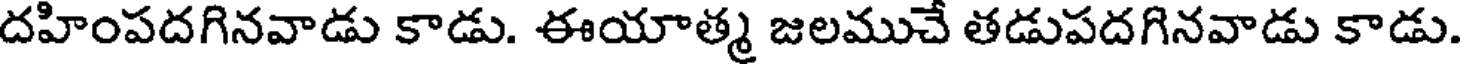
దహింపదగినవాడు కాడు. ఈయాత్మ జలముచే తడుపదగినవాడు కాడు.